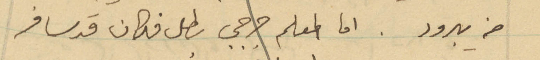
من يبرود. اما المعلم جرجي بطل فكان قد سافر